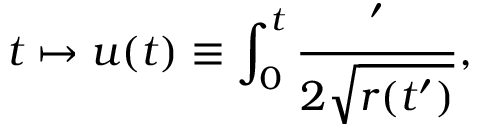
t \mapsto u ( t ) \equiv \int _ { 0 } ^ { t } \frac { \d t ^ { \prime } } { 2 \sqrt { r ( t ^ { \prime } ) } } ,